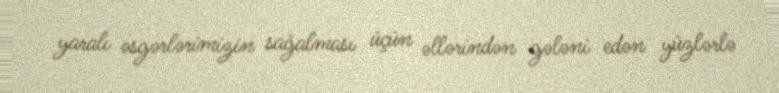
yaralı əsgərlərimizin sağalması üçün əllərindən gələni edən yüzlərlə